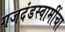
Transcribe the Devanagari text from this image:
गजदंडस्वामींचा